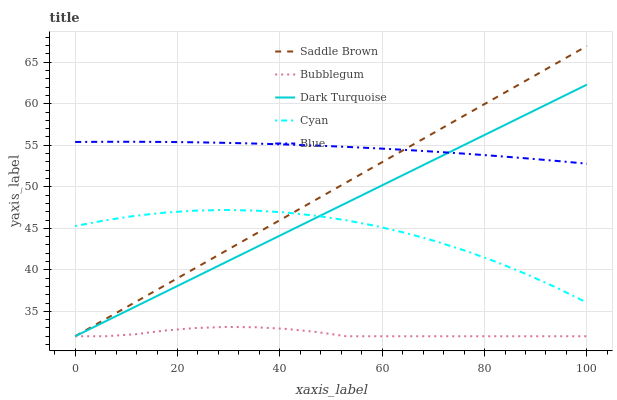
| xaxis_label | Saddle Brown | Bubblegum | Dark Turquoise | Cyan | Blue |
 | --- | --- | --- | --- | --- | --- |
 | 0 | 32 | 32 | 32 | 45.3 | 55.4 |
 | 5.88 | 34.1 | 32 | 33.8 | 46 | 55.4 |
 | 11.8 | 36.1 | 32.2 | 35.6 | 46.5 | 55.4 |
 | 17.6 | 38.2 | 32.7 | 37.3 | 46.9 | 55.4 |
 | 23.5 | 40.2 | 33 | 39.1 | 47.1 | 55.4 |
 | 29.4 | 42.3 | 33.1 | 40.9 | 47.2 | 55.3 |
 | 35.3 | 44.3 | 33.1 | 42.7 | 47.1 | 55.2 |
 | 41.2 | 46.4 | 32.9 | 44.5 | 46.9 | 55.1 |
 | 47.1 | 48.4 | 32.5 | 46.3 | 46.5 | 55 |
 | 52.9 | 50.5 | 32 | 48 | 46 | 54.8 |
 | 58.8 | 52.6 | 32 | 49.8 | 45.3 | 54.6 |
 | 64.7 | 54.6 | 32 | 51.6 | 44.4 | 54.4 |
 | 70.6 | 56.7 | 32 | 53.4 | 43.4 | 54.2 |
 | 76.5 | 58.7 | 32 | 55.2 | 42.3 | 54 |
 | 82.4 | 60.8 | 32 | 57 | 40.9 | 53.7 |
 | 88.2 | 62.8 | 32 | 58.7 | 39.5 | 53.4 |
 | 94.1 | 64.9 | 32 | 60.5 | 37.8 | 53.1 |
 | 100 | 67 | 32 | 62.3 | 36.1 | 52.8 |